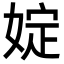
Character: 婝